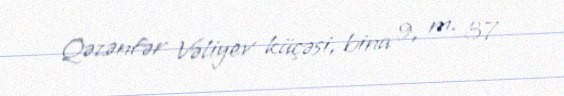
Qəzənfər Vəliyev küçəsi, bina 9, m. 37